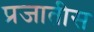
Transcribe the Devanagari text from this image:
प्रजातीस